Indian journal of veterinary science and animal husbandry - Volume 4,
Year: 1934
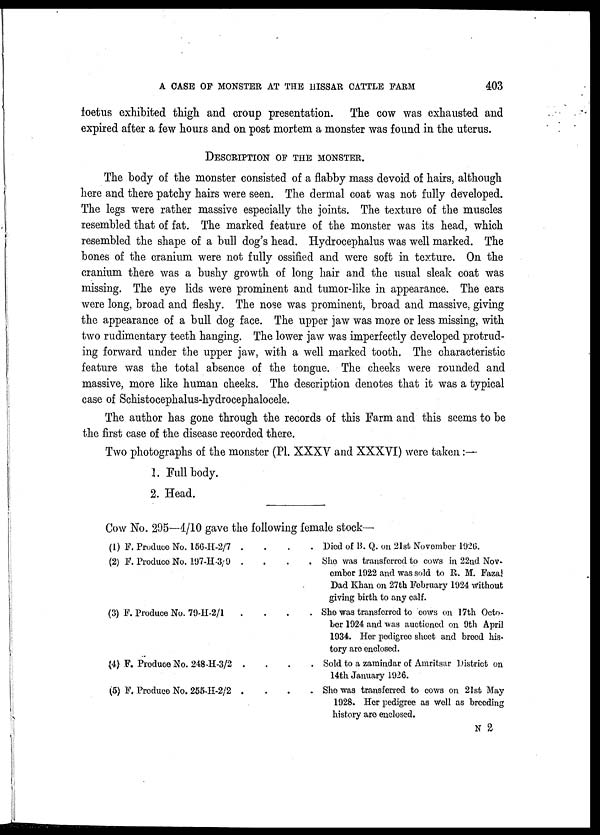
A CASE OF MONSTER AT THE HISSAR CATTLE FARM
403
foetus exhibited thigh and croup presentation. The cow was exhausted and
expired after a few hours and on post mortem a monster was found in the uterus.
DESCRIPTION OF THE MONSTER.
The body of the monster consisted of a flabby mass devoid of hairs, although
here and there patchy hairs were seen. The dermal coat was not fully developed.
The legs were rather massive especially the joints. The texture of the muscles
resembled that of fat. The marked feature of the monster was its head, which
resembled the shape of a bull dog's head. Hydrocephalus was well marked. The
bones of the cranium were not fully ossified and were soft in texture. On the
cranium there was a bushy growth of long hair and the usual sleak coat was
missing. The eye lids were prominent and tumor-like in appearance. The ears
were long, broad and fleshy. The nose was prominent, broad and massive, giving
the appearance of a bull dog face. The upper jaw was more or less missing, with
two rudimentary teeth hanging. The lower jaw was imperfectly developed protrud-
ing forward under the upper jaw, with a well marked tooth. The characteristic
feature was the total absence of the tongue. The cheeks were rounded and
massive, more like human cheeks. The description denotes that it was a typical
case of Schistocephalus-hydrocephalocele.
The author has gone through the records of this Farm and this seems to be
the first case of the disease recorded there.
Two photographs of the monster (Pl. XXXV and XXXVI) were taken :—
1. Full body.
2. Head.
Cow No. 295—4./10 gave the following female stock—
(1)
(2)
(3)
(4)
(5)
F. Produce No. 156-H-2/7 . .
F. Produce No. 197-H-3/9 . .
F. Produce No. 79-H-2/1 . .
F. Produce No. 248-H-3/2 . .
F. Produce No. 255-H-2/2 . .
. . Died of B. Q. on 21st November 1926.
. . She was transferred to cows in 22nd Nov-
ember 1922 and was sold to R. M. Fazal
Dad Khan on 27th February 1924 Without
giving birth to any calf.
. . She was transferred to cows on 17th Octo-
ber 1924 and was auctioned on 9th April
1934. Her pedigree sheet and breed his-
tory are enclosed.
. . Sold to a zamindar of Amritsar District on
14th January 1926.
. . She was transferred to cows on 21st May
1928. Her pedigree as Well as breeding
history are enclosed.
N 2